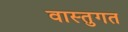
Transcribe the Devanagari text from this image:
वास्तुगत